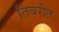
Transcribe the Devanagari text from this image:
तिबरीत